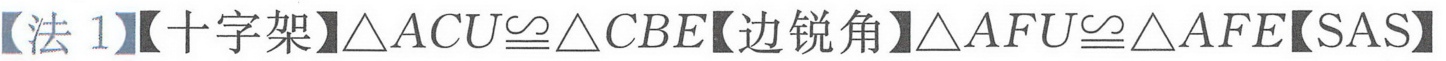
【法1】【十字架】\(\triangle ACU\cong\triangle CBE\)【边锐角】\(\triangle AFU\cong\triangle AFE\)【SAS】